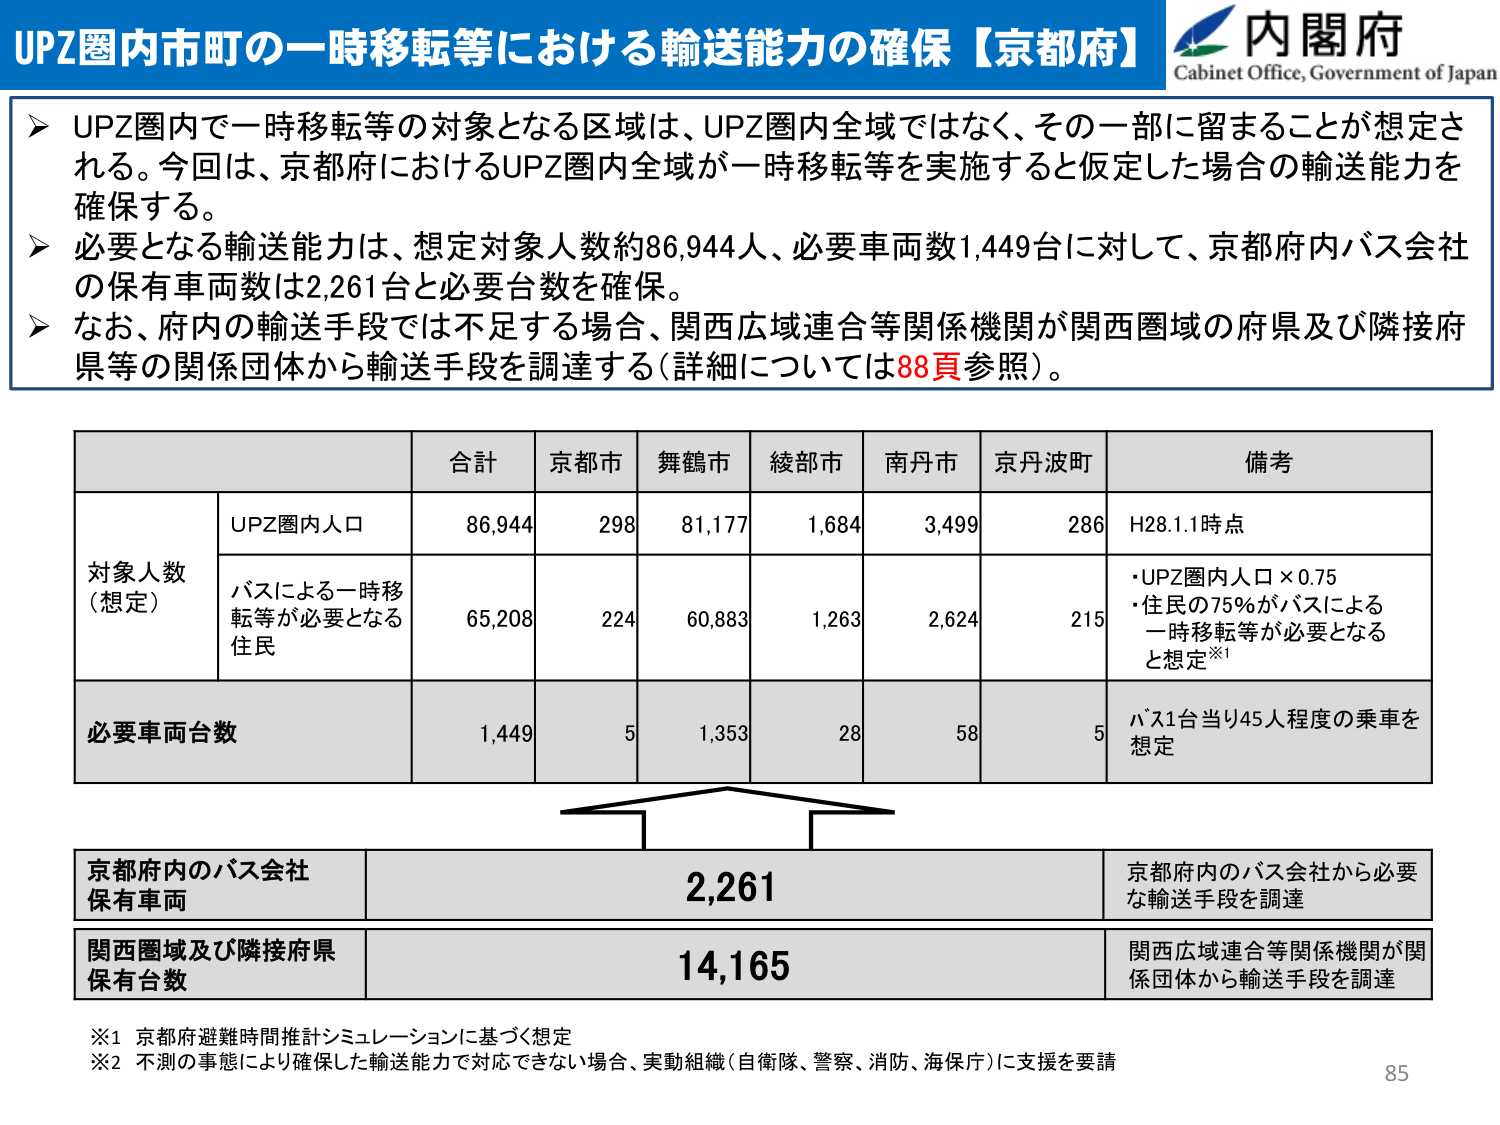
UPZ圏内市町の一時移転等における輸送能力の確保【京都府】
内閣府
Cabinet Office, Government of Japan

➤ UPZ圏内で一時移転等の対象となる区域は、UPZ圏内全域ではなく、その一部に留まることが想定される。今回は、京都府におけるUPZ圏内全域が一時移転等を実施すると仮定した場合の輸送能力を確保する。
➤ 必要となる輸送能力は、想定対象人数約86,944人、必要車両数1,449台に対して、京都府内バス会社の保有車両数は2,261台と必要台数を確保。
➤ なお、府内の輸送手段では不足する場合、関西広域連合等関係機関が関西圏域の府県及び隣接府県等の関係団体から輸送手段を調達する（詳細については88頁参照）。

合計 京都市 舞鶴市 綾部市 南丹市 京丹波町 備考
対象人数（想定） UPZ圏内人口 86,944 298 81,177 1,684 3,499 286 H28.1.1時点
バスによる一時移転等が必要となる住民 65,208 224 60,883 1,263 2,624 215 ・UPZ圏内人口×0.75
・住民の75%がバスによる一時移転等が必要となると想定※1
必要車両台数 1,449 5 1,353 28 58 5 バス1台当たり45人程度の乗車を想定

京都府内のバス会社保有車両 2,261 京都府内のバス会社から必要な輸送手段を調達
関西圏域及び隣接府県保有台数 14,165 関西広域連合等関係機関が関係団体から輸送手段を調達

※1 京都府避難時間推計シミュレーションに基づく想定
※2 不測の事態により確保した輸送能力で対応できない場合、実動組織（自衛隊、警察、消防、海保庁）に支援を要請
85